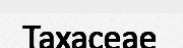
Taxaceae